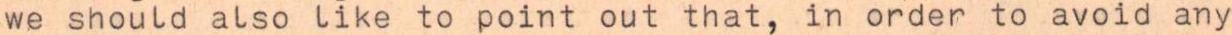
we should also like to point out that, in order to avoid any